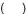
（）